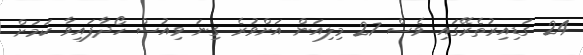
24 ގަޑިއިރުތެރޭގައި ވެސް 27 މިލިއަން އަށްވުރެ ގިނަ ވިއުސް ހޯދާފައިވާ ކަމަށް